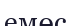
емөс